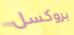
بروكسل